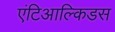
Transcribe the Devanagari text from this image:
एंटिआल्किडस